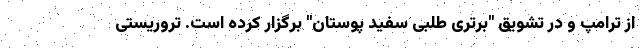
از ترامپ و در تشویق "برتری طلبی سفید پوستان" برگزار کرده است. تروریستی